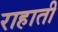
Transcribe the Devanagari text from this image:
राहाती